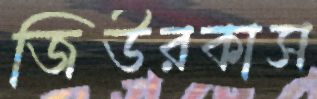
জিউরকাস